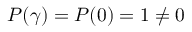
P ( \gamma ) = P ( 0 ) = 1 \neq 0